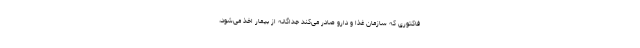
فاکتوری که سازمان غذا و دارو صادر می‌کند جداگانه از بیمار اخذ می‌شود،